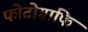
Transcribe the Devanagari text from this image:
फोटोग्राफि